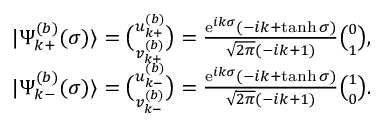
\begin{array} { r l } & { | \Psi _ { k + } ^ { ( b ) } ( \sigma ) \rangle = \binom { u _ { k + } ^ { ( b ) } } { v _ { k + } ^ { ( b ) } } = \frac { \mathrm { e } ^ { i k \sigma } ( - i k + \operatorname { t a n h } \sigma ) } { \sqrt { 2 \pi } ( - i k + 1 ) } \binom { 0 } { 1 } , } \\ & { | \Psi _ { k - } ^ { ( b ) } ( \sigma ) \rangle = \binom { u _ { k - } ^ { ( b ) } } { v _ { k - } ^ { ( b ) } } = \frac { \mathrm { e } ^ { i k \sigma } ( - i k + \operatorname { t a n h } \sigma ) } { \sqrt { 2 \pi } ( - i k + 1 ) } \binom { 1 } { 0 } . } \end{array}